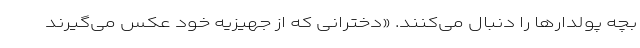
بچه پولدارها را دنبال می‌کنند. «دخترانی که از جهیزیه خود عکس می‌گیرند